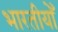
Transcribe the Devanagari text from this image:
भारतीयोँ